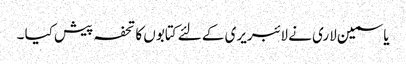
یاسمین لاری نے لائبریری کے لئے کتابوں کا تحفہ پیش کیا ۔